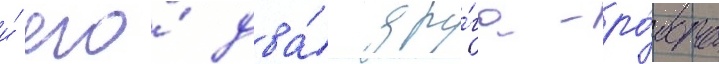
и́ его́ два́ дру́га-ро́бота